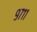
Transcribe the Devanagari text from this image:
९७११